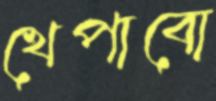
খেপাবো